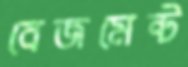
বেজমেন্ট